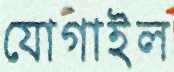
যোগাইল